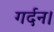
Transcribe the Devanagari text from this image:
गर्दन।